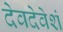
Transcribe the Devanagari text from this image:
देवदेवेशं